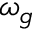
\omega _ { g }